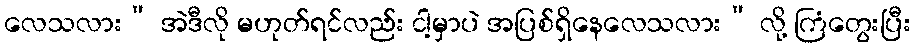
လေသလား” အဲဒီလို မဟုတ်ရင်လည်း ငါ့မှာပဲ အပြစ်ရှိနေလေသလား” လို့ ကြံတွေးပြီး